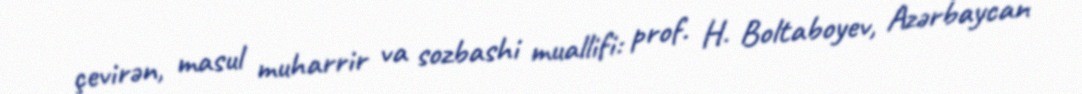
çevirən, masul muharrir va sozbashi muallifi: prof. H. Boltaboyev, Azərbaycan